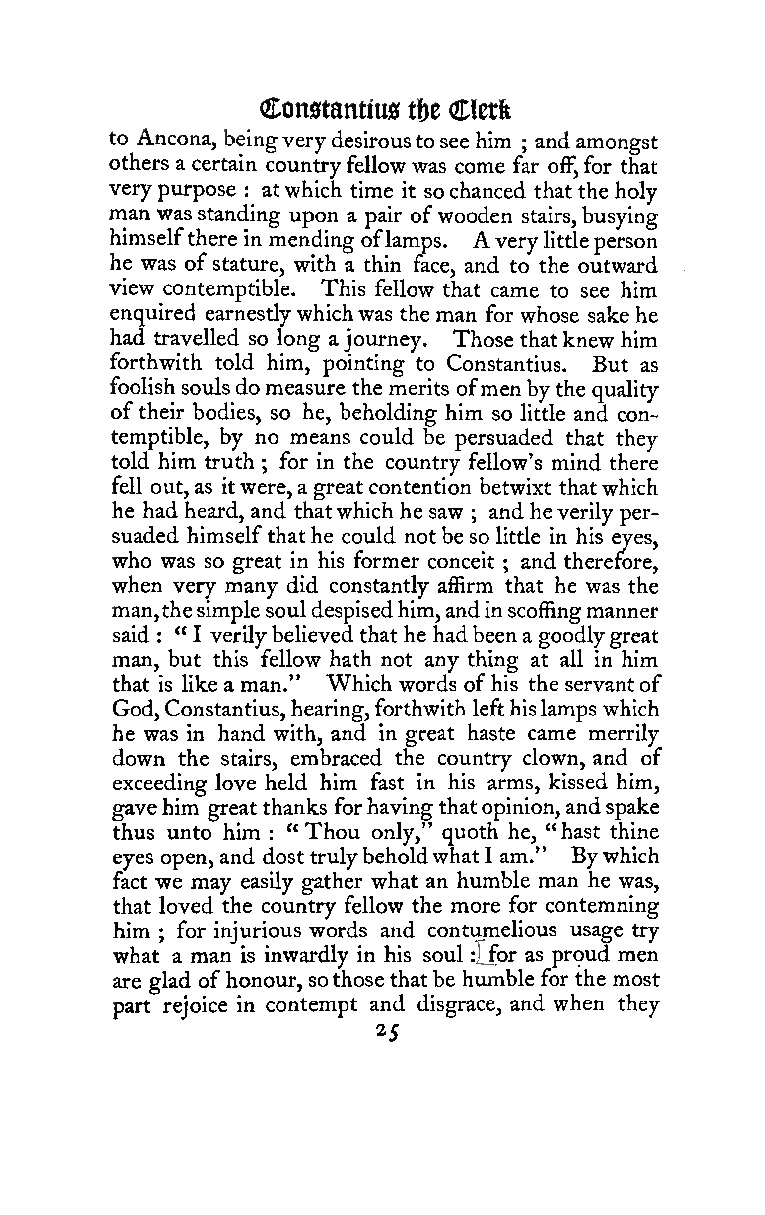
Constantius tU Cletft
 to Ancona, beingverydesiroustosee him and amongst
 ;
 others a certain countryfellow was come far off,for that
 verypurpose : atwhich time it sochanced that the holy
 man wasstanding upon a pair ofwooden stairs,busying
 himselfthere in mending oflamps. A verylittleperson
 he was ofstature, with a thin face, and to the outward
 view contemptible. This fellow that came to see him
 enquired earnestlywhichwas the man for whose sake he
 had travelled so long ajourney. Those thatknew him
 forthwith told him, pointing to Constantius. But as
 foolish soulsdomeasure the merits ofmenbythe quality
 oftheir bodies, so he, beholding him so little and con-
 temptible, by no means could be persuaded that they
 told him truth for in the country fellow's mind there
 ;
 fell out,as itwere,agreat contention betwixt thatwhich
 he had heard, and thatwhich he saw and heverily per-
 ;
 suaded himselfthathe could notbe so little in his eyes,
 who was so great in his former conceit and therefore,
 ;
 when very many did constantly affirm that he was the
 man,thesimplesouldespisedhim,andinscoffingmanner
 said : " I verilybelieved that he hadbeena goodlygreat
 man, but this fellow hath not any thing at all in him
 that is likea man." Which words ofhis the servantof
 God,Constantius,hearing,forthwith lefthislamps which
 he was in hand with, and in great haste came merrily
 down the stairs, embraced the country clown, and of
 exceeding love held him fast in his arms, kissed him,
 gavehim greatthanks forhavingthatopinion,andspake
 thus unto him "Thou only," quoth he, "hast thine
 :
 eyes open, and dost trulybeholdwhat1 am." Bywhich
 fact we may easily gather what an humble man he was,
 that loved the country fellow the more for contemning
 him  for injurious words and contumelious usage try
 ;
 what a man is inwardly in his soul :J_for as proud men
 are glad ofhonour, sothose thatbe humble for the most
 part rejoice in contempt and disgrace, and when they
 25